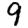
Digit: 9